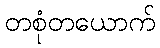
တစုံတယောက်